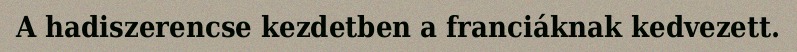
A hadiszerencse kezdetben a franciáknak kedvezett.